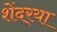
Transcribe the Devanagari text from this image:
शेंदर्‍या